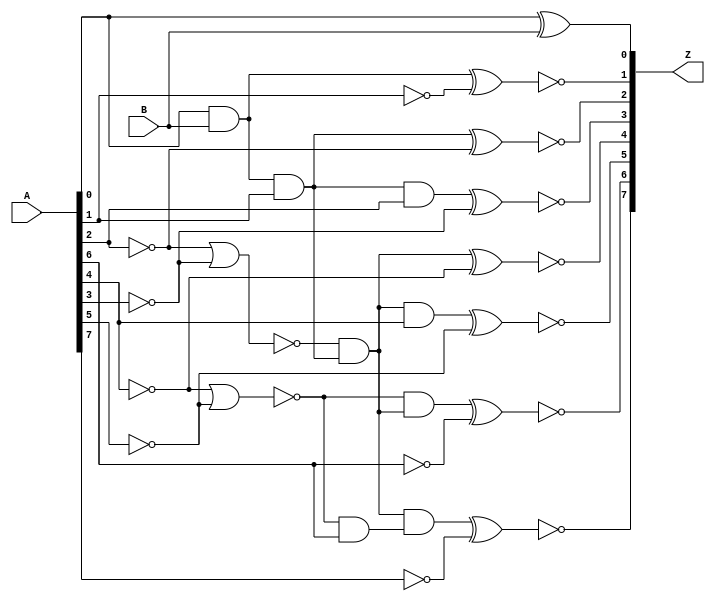

// Generated by Cadence Genus(TM) Synthesis Solution 16.13-s036_1
// Generated on: Jul  8 2019 21:56:17 CEST (Jul  8 2019 19:56:17 UTC)

// Verification Directory fv/counter 

module add_unsigned(A, B, Z);
  input [7:0] A;
  input B;
  output [7:0] Z;
  wire [7:0] A;
  wire B;
  wire [7:0] Z;
  wire n_19, n_30, n_33, n_35, n_39, n_41, n_45, n_51;
  wire n_52, n_54, n_55, n_57, n_61, n_68, n_70, n_71;
  wire n_72, n_73, n_75, n_80, n_83, n_87, n_89, n_92;
  wire n_93;
  xor g1 (Z[0], A[0], B);
  nand g2 (n_19, A[0], B);
  nand g21 (n_33, n_30, A[1]);
  nor g26 (n_55, n_39, n_35);
  nor g30 (n_61, n_45, n_41);
  nand g36 (n_54, n_52, A[2]);
  nand g38 (n_57, n_55, n_52);
  nand g44 (n_72, n_61, A[6]);
  nand g51 (n_70, n_68, A[4]);
  nand g53 (n_71, n_61, n_68);
  not g55 (n_73, n_72);
  nand g56 (n_75, n_68, n_73);
  xnor g62 (Z[1], n_30, n_80);
  xnor g64 (Z[2], n_52, n_39);
  xnor g67 (Z[3], n_83, n_35);
  xnor g69 (Z[4], n_68, n_45);
  xnor g72 (Z[5], n_87, n_41);
  xnor g74 (Z[6], n_89, n_51);
  xnor g77 (Z[7], n_92, n_93);
  not g80 (n_39, A[2]);
  not g81 (n_35, A[3]);
  not g82 (n_45, A[4]);
  not g83 (n_41, A[5]);
  not g84 (n_51, A[6]);
  not g86 (n_30, n_19);
  not g87 (n_80, A[1]);
  not g88 (n_93, A[7]);
  not g89 (n_52, n_33);
  not g90 (n_83, n_54);
  not g91 (n_68, n_57);
  not g92 (n_87, n_70);
  not g93 (n_89, n_71);
  not g94 (n_92, n_75);
endmodule

module bmux(ctl, in_0, in_1, z);
  input ctl, in_0, in_1;
  output z;
  wire ctl, in_0, in_1;
  wire z;
  CDN_bmux2 g1(.sel0 (ctl), .data0 (in_0), .data1 (in_1), .z (z));
endmodule

module bmux_7(ctl, in_0, in_1, z);
  input ctl;
  input [7:0] in_0, in_1;
  output [7:0] z;
  wire ctl;
  wire [7:0] in_0, in_1;
  wire [7:0] z;
  CDN_bmux2 g1(.sel0 (ctl), .data0 (in_0[7]), .data1 (in_1[7]), .z
       (z[7]));
  CDN_bmux2 g2(.sel0 (ctl), .data0 (in_0[6]), .data1 (in_1[6]), .z
       (z[6]));
  CDN_bmux2 g3(.sel0 (ctl), .data0 (in_0[5]), .data1 (in_1[5]), .z
       (z[5]));
  CDN_bmux2 g4(.sel0 (ctl), .data0 (in_0[4]), .data1 (in_1[4]), .z
       (z[4]));
  CDN_bmux2 g5(.sel0 (ctl), .data0 (in_0[3]), .data1 (in_1[3]), .z
       (z[3]));
  CDN_bmux2 g6(.sel0 (ctl), .data0 (in_0[2]), .data1 (in_1[2]), .z
       (z[2]));
  CDN_bmux2 g7(.sel0 (ctl), .data0 (in_0[1]), .data1 (in_1[1]), .z
       (z[1]));
  CDN_bmux2 g8(.sel0 (ctl), .data0 (in_0[0]), .data1 (in_1[0]), .z
       (z[0]));
endmodule

module bmux_9(ctl, in_0, in_1, z);
  input ctl;
  input [1:0] in_0, in_1;
  output [1:0] z;
  wire ctl;
  wire [1:0] in_0, in_1;
  wire [1:0] z;
  CDN_bmux2 g1(.sel0 (ctl), .data0 (in_0[1]), .data1 (in_1[1]), .z
       (z[1]));
  CDN_bmux2 g2(.sel0 (ctl), .data0 (in_0[0]), .data1 (in_1[0]), .z
       (z[0]));
endmodule

module bmux_10(ctl, in_0, in_1, in_2, in_3, z);
  input [1:0] ctl, in_0, in_1, in_2, in_3;
  output [1:0] z;
  wire [1:0] ctl, in_0, in_1, in_2, in_3;
  wire [1:0] z;
  CDN_bmux4 g1(.sel0 (ctl[0]), .data0 (in_0[1]), .data1 (in_1[1]),
       .sel1 (ctl[1]), .data2 (in_2[1]), .data3 (in_3[1]), .z (z[1]));
  CDN_bmux4 g2(.sel0 (ctl[0]), .data0 (in_0[0]), .data1 (in_1[0]),
       .sel1 (ctl[1]), .data2 (in_2[0]), .data3 (in_3[0]), .z (z[0]));
endmodule

module counter(clk, reset, ena, reinit, clr_overflow, value, overflow,
     overflow_err, clk_sr, reset_sr, ena_sr, value_sr);
  input clk, reset, ena, reinit, clr_overflow, clk_sr, reset_sr, ena_sr;
  output [7:0] value, value_sr;
  output overflow, overflow_err;
  wire clk, reset, ena, reinit, clr_overflow, clk_sr, reset_sr, ena_sr;
  wire [7:0] value, value_sr;
  wire overflow, overflow_err;
  wire [1:0] state;
  wire UNCONNECTED, UNCONNECTED0, UNCONNECTED1, UNCONNECTED2,
       UNCONNECTED3, UNCONNECTED4, UNCONNECTED5, UNCONNECTED6;
  wire UNCONNECTED7, UNCONNECTED8, n_47, n_55, n_56, n_58, n_59, n_60;
  wire n_61, n_62, n_63, n_64, n_65, n_66, n_69, n_70;
  wire n_71, n_72, n_75, n_77, n_78, n_80, n_81, n_82;
  wire n_83, n_84, n_88, n_89, n_90, n_91, n_92, n_93;
  wire n_94, n_95, n_96, n_97, n_98, n_99, n_113, n_114;
  wire n_115, n_116, n_117, n_118, n_177, n_180, n_181, n_182;
  wire n_183, n_184, n_185, n_186;
  add_unsigned add_44_26(.A (value), .B (1'b1), .Z ({n_65, n_64, n_63,
       n_62, n_61, n_60, n_59, n_58}));
  bmux mux_value_sr_83_22(.ctl (n_47), .in_0 (1'b0), .in_1 (1'b1), .z
       (n_55));
  bmux_7 mux_value_sr_77_8(.ctl (reset_sr), .in_0 ({n_55,
       value_sr[7:1]}), .in_1 (8'b00000000), .z ({n_99, n_98, n_97,
       n_96, n_95, n_94, n_93, n_91}));
  bmux_7 mux_value_28_12(.ctl (n_56), .in_0 ({n_65, n_64, n_63, n_62,
       n_61, n_60, n_59, n_58}), .in_1 (8'b00000000), .z
       ({UNCONNECTED6, UNCONNECTED5, UNCONNECTED4, UNCONNECTED3,
       UNCONNECTED2, UNCONNECTED1, UNCONNECTED0, UNCONNECTED}));
  bmux_9 mux_state_56_12(.ctl (clr_overflow), .in_0 (2'b10), .in_1
       (2'b01), .z ({n_70, n_69}));
  bmux_10 mux_state_36_10(.ctl (state), .in_0 (2'b01), .in_1 (2'b11),
       .in_2 (2'b10), .in_3 ({n_70, n_69}), .z ({n_72, n_71}));
  bmux_9 mux_state_28_12(.ctl (n_56), .in_0 ({n_72, n_71}), .in_1
       (2'b00), .z ({UNCONNECTED8, UNCONNECTED7}));
  or g1 (n_56, reset, reinit);
  not g7 (n_89, reset_sr);
  not g13 (n_80, clr_overflow);
  and g15 (n_77, ena, n_75);
  and g16 (n_78, n_66, n_75);
  and g18 (n_81, n_66, n_80);
  or g19 (n_82, n_81, clr_overflow);
  and g20 (n_84, n_82, n_83);
  and g23 (n_90, ena_sr, n_89);
  or g24 (n_92, n_90, reset_sr);
  nand g27 (n_115, n_113, n_114);
  nand g28 (n_116, state[0], n_114);
  nand g29 (n_117, state[0], state[1]);
  nand g30 (n_118, n_113, state[1]);
  not g32 (n_75, n_116);
  not g33 (n_83, n_117);
  not g35 (n_114, state[1]);
  not g36 (n_113, state[0]);
  CDN_flop \value_reg[0] (.clk (clk), .d (n_58), .sena (n_77), .aclr
       (1'b0), .apre (1'b0), .srl (n_56), .srd (1'b0), .q (value[0]));
  CDN_flop \value_reg[1] (.clk (clk), .d (n_59), .sena (n_77), .aclr
       (1'b0), .apre (1'b0), .srl (n_56), .srd (1'b0), .q (value[1]));
  CDN_flop \value_reg[2] (.clk (clk), .d (n_60), .sena (n_77), .aclr
       (1'b0), .apre (1'b0), .srl (n_56), .srd (1'b0), .q (value[2]));
  CDN_flop \value_reg[3] (.clk (clk), .d (n_61), .sena (n_77), .aclr
       (1'b0), .apre (1'b0), .srl (n_56), .srd (1'b0), .q (value[3]));
  CDN_flop \value_reg[4] (.clk (clk), .d (n_62), .sena (n_77), .aclr
       (1'b0), .apre (1'b0), .srl (n_56), .srd (1'b0), .q (value[4]));
  CDN_flop \value_reg[5] (.clk (clk), .d (n_63), .sena (n_77), .aclr
       (1'b0), .apre (1'b0), .srl (n_56), .srd (1'b0), .q (value[5]));
  CDN_flop \value_reg[6] (.clk (clk), .d (n_64), .sena (n_77), .aclr
       (1'b0), .apre (1'b0), .srl (n_56), .srd (1'b0), .q (value[6]));
  CDN_flop \value_reg[7] (.clk (clk), .d (n_65), .sena (n_77), .aclr
       (1'b0), .apre (1'b0), .srl (n_56), .srd (1'b0), .q (value[7]));
  CDN_flop \state_reg[0] (.clk (clk), .d (n_71), .sena (n_88), .aclr
       (1'b0), .apre (1'b0), .srl (n_56), .srd (1'b0), .q (state[0]));
  CDN_flop \state_reg[1] (.clk (clk), .d (n_72), .sena (n_88), .aclr
       (1'b0), .apre (1'b0), .srl (n_56), .srd (1'b0), .q (state[1]));
  CDN_latch \value_sr_reg[0] (.d (n_91), .ena (n_92), .aclr (1'b0),
       .apre (1'b0), .q (value_sr[0]));
  CDN_latch \value_sr_reg[1] (.d (n_93), .ena (n_92), .aclr (1'b0),
       .apre (1'b0), .q (value_sr[1]));
  CDN_latch \value_sr_reg[2] (.d (n_94), .ena (n_92), .aclr (1'b0),
       .apre (1'b0), .q (value_sr[2]));
  CDN_latch \value_sr_reg[3] (.d (n_95), .ena (n_92), .aclr (1'b0),
       .apre (1'b0), .q (value_sr[3]));
  CDN_latch \value_sr_reg[4] (.d (n_96), .ena (n_92), .aclr (1'b0),
       .apre (1'b0), .q (value_sr[4]));
  CDN_latch \value_sr_reg[5] (.d (n_97), .ena (n_92), .aclr (1'b0),
       .apre (1'b0), .q (value_sr[5]));
  CDN_latch \value_sr_reg[6] (.d (n_98), .ena (n_92), .aclr (1'b0),
       .apre (1'b0), .q (value_sr[6]));
  CDN_latch \value_sr_reg[7] (.d (n_99), .ena (n_92), .aclr (1'b0),
       .apre (1'b0), .q (value_sr[7]));
  nand g68 (n_177, state[1], state[0]);
  not g69 (overflow, n_177);
  nand g72 (n_180, state[1], n_113);
  not g73 (overflow_err, n_180);
  not g74 (n_47, value_sr[0]);
  or g75 (n_88, n_181, n_182, n_84, n_78);
  not g76 (n_181, n_118);
  not g77 (n_182, n_115);
  and g78 (n_183, ena, value[4], value[5]);
  and g79 (n_184, value[6], value[7]);
  and g80 (n_185, value[0], value[1]);
  and g81 (n_186, value[2], value[3]);
  and g82 (n_66, n_183, n_184, n_185, n_186);
endmodule

`ifdef RC_CDN_GENERIC_GATE
`else
module CDN_flop(clk, d, sena, aclr, apre, srl, srd, q);
  input clk, d, sena, aclr, apre, srl, srd;
  output q;
  wire clk, d, sena, aclr, apre, srl, srd;
  wire q;
  reg  qi;
  assign #1 q = qi;
  always 
    @(posedge clk or posedge apre or posedge aclr) 
      if (aclr) 
        qi <= 0;
      else if (apre) 
          qi <= 1;
        else if (srl) 
            qi <= srd;
          else begin
            if (sena) 
              qi <= d;
          end
  initial 
    qi <= 1'b0;
endmodule
`endif
`ifdef RC_CDN_GENERIC_GATE
`else
module CDN_latch(ena, d, aclr, apre, q);
  input ena, d, aclr, apre;
  output q;
  wire ena, d, aclr, apre;
  wire q;
  reg  qi;
  assign #1 q = qi;
  always 
    @(d or ena or apre or aclr) 
      if (aclr) 
        qi <= 0;
      else if (apre) 
          qi <= 1;
        else begin
          if (ena) 
            qi <= d;
        end
  initial 
    qi <= 1'b0;
endmodule
`endif
`ifdef RC_CDN_GENERIC_GATE
`else
`ifdef ONE_HOT_MUX
module CDN_bmux2(sel0, data0, data1, z);
  input sel0, data0, data1;
  output z;
  wire sel0, data0, data1;
  reg  z;
  always 
    @(sel0 or data0 or data1) 
      case ({sel0})
       1'b0: z = data0;
       1'b1: z = data1;
      endcase
endmodule
`else
module CDN_bmux2(sel0, data0, data1, z);
  input sel0, data0, data1;
  output z;
  wire sel0, data0, data1;
  wire z;
  wire inv_sel0, w_0, w_1;
  not i_0 (inv_sel0, sel0);
  and a_0 (w_0, inv_sel0, data0);
  and a_1 (w_1, sel0, data1);
  or org (z, w_0, w_1);
endmodule
`endif // ONE_HOT_MUX
`endif
`ifdef RC_CDN_GENERIC_GATE
`else
`ifdef ONE_HOT_MUX
module CDN_bmux4(sel0, data0, data1, sel1, data2, data3, z);
  input sel0, data0, data1, sel1, data2, data3;
  output z;
  wire sel0, data0, data1, sel1, data2, data3;
  reg  z;
  always 
    @(sel0 or sel1 or data0 or data1 or data2 or data3) 
      case ({sel0, sel1})
       2'b00: z = data0;
       2'b10: z = data1;
       2'b01: z = data2;
       2'b11: z = data3;
      endcase
endmodule
`else
module CDN_bmux4(sel0, data0, data1, sel1, data2, data3, z);
  input sel0, data0, data1, sel1, data2, data3;
  output z;
  wire sel0, data0, data1, sel1, data2, data3;
  wire z;
  wire inv_sel0, inv_sel1, w_0, w_1, w_2, w_3;
  not i_0 (inv_sel0, sel0);
  not i_1 (inv_sel1, sel1);
  and a_0 (w_0, inv_sel1, inv_sel0, data0);
  and a_1 (w_1, inv_sel1, sel0, data1);
  and a_2 (w_2, sel1, inv_sel0, data2);
  and a_3 (w_3, sel1, sel0, data3);
  or org (z, w_0, w_1, w_2, w_3);
endmodule
`endif // ONE_HOT_MUX
`endif